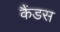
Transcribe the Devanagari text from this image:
कैंडस